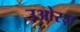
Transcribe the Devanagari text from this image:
उओरज़